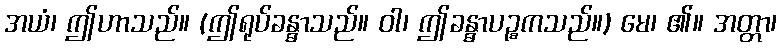
အယံ၊ ဤဟာသည်။ (ဤရုပ်ခန္ဓာသည်။ ဝါ၊ ဤခန္ဓာပဉ္စကသည်။) မေ၊ ၏။ အတ္တာ၊